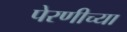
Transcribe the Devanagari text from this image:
पेरणीच्या